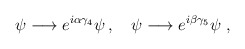
\begin{align*}\psi\longrightarrow{e}^{i\alpha\gamma_{4}}\psi\,,\quad\psi\longrightarrow{e}^{i\beta\gamma_{5}}\psi\ ,\end{align*}